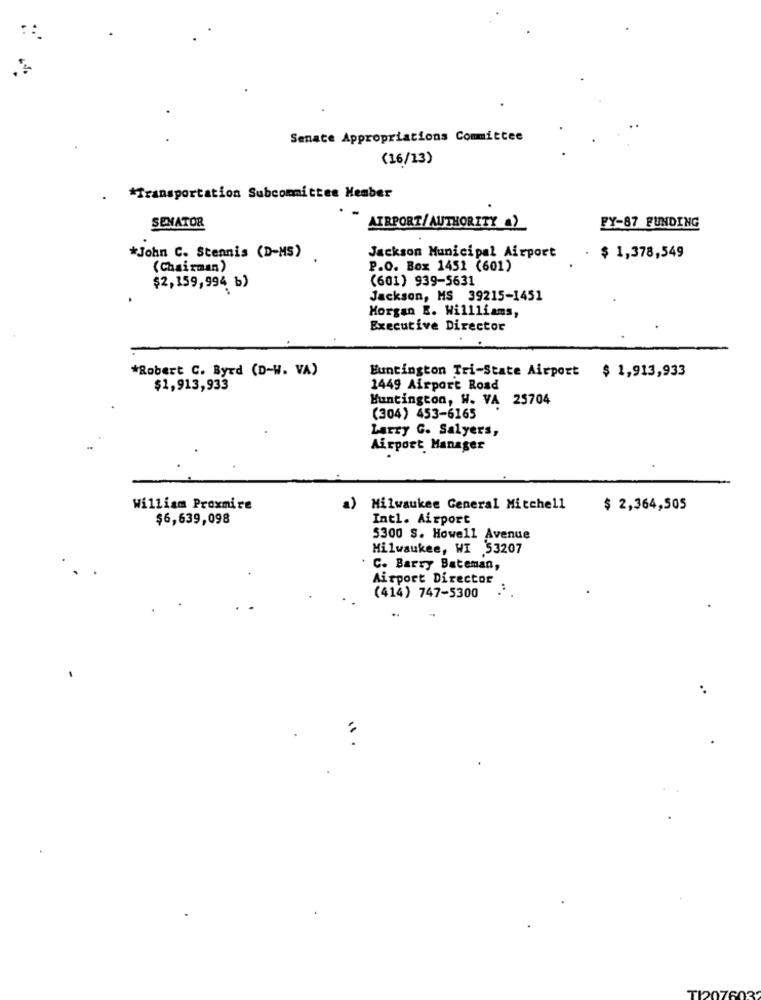
Senate Appropriations Committee
(16/13)
*Transportation Subcommittee Member
SENATOR
AIRPORT/AUTHORITY a)
FY-87 FUNDING
*John C. Stennis (D-MS)
Jackson Municipal Airport
$ 1,378,549
(Chairman)
P.O. Box 1451 (601)
(601) 939-5631
$2,159,994 b)
Jackson, MS 39215-1451
Morgan E. Willliams,
Executive Director
*Robert C. Byrd (D-W. VA)
Huntington Tri-State Airport $ 1,913,933
$1,913,933
1449 Airport Road
Huntington, W. VA 25704
(304) 453-6165
Larry G. Salyers,
Airport Manager
William Proxmire
a) Milwaukee General Mitchell
$ 2,364,505
$6,639,098
Intl. Airport
5300 S. Howell Avenue
Milwaukee, WI 53207
C. Barry Bateman,
Airport Director
(414) 747-5300